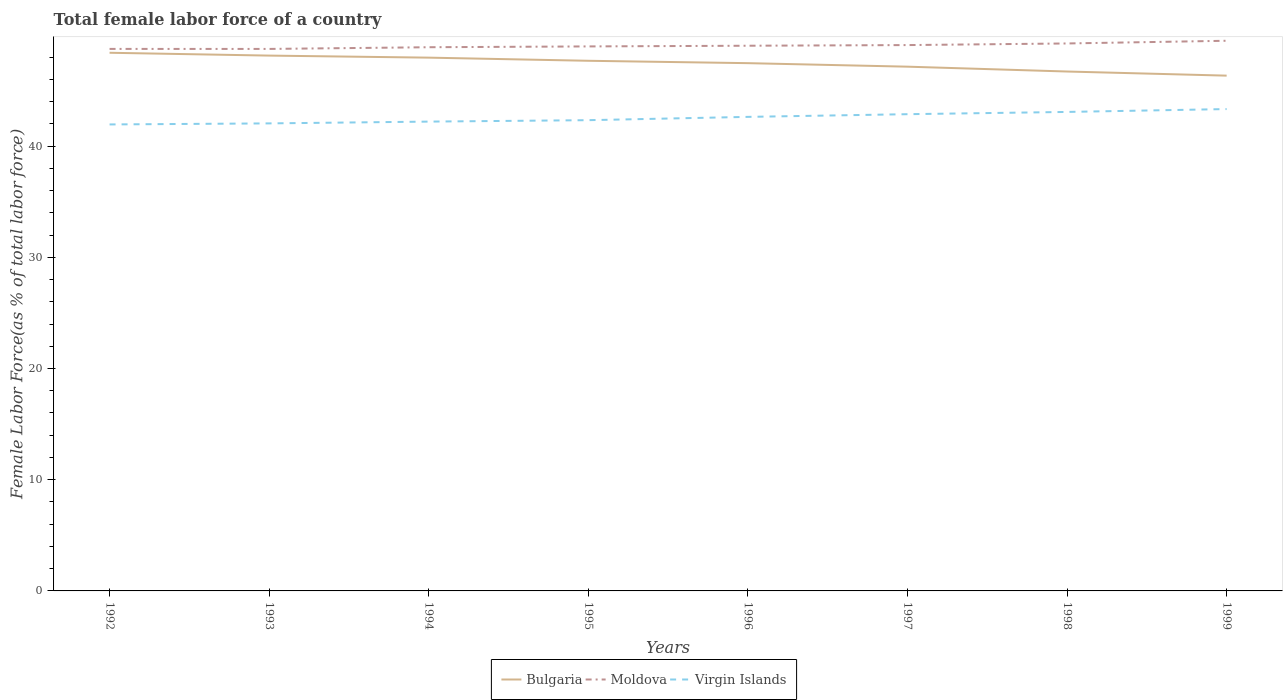
| Years | Bulgaria | Moldova | Virgin Islands |
 | --- | --- | --- | --- |
 | 1992 | 48.4 | 48.7 | 41.9 |
 | 1993 | 48.1 | 48.7 | 42 |
 | 1994 | 48 | 48.9 | 42.2 |
 | 1995 | 47.7 | 49 | 42.3 |
 | 1996 | 47.5 | 49 | 42.6 |
 | 1997 | 47.1 | 49.1 | 42.9 |
 | 1998 | 46.7 | 49.2 | 43.1 |
 | 1999 | 46.3 | 49.5 | 43.3 |